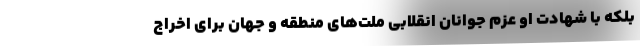
بلکه با شهادت او عزم جوانان انقلابی ملت‌های منطقه و جهان برای اخراج